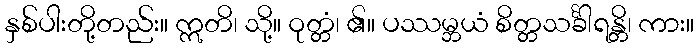
နှစ်ပါးတို့တည်း။ ဣတိ၊ သို့။ ဝုတ္တံ၊ ၏။ ပဿမ္ဘယံ စိတ္တသင်္ခါရန္တိ၊ ကား။